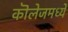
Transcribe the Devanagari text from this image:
कॊलेजमध्ये